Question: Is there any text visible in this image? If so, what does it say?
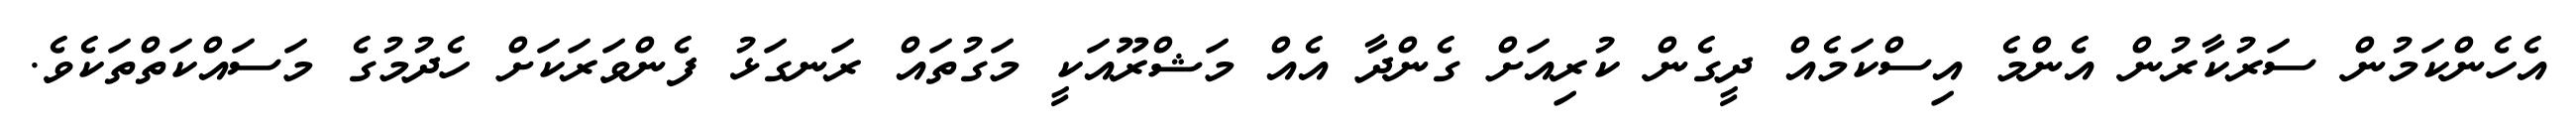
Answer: އެހެންކަމުން ސަރުކާރުން އެންމެ އިސްކަމެއް ދީގެން ކުރިއަށް ގެންދާ އެއް މަޝްރޫއަކީ މަގުތައް ރަނގަޅު ފެންވަރަކަށް ހެދުމުގެ މަސައްކަތްތަކެވެ.